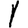
Digit: 1